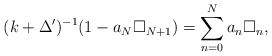
LaTeX: \begin{align*}(k+\Delta')^{-1}(1-a_N\square_{N+1})=\sum_{n=0}^{N}a_n \square_{n},\end{align*}